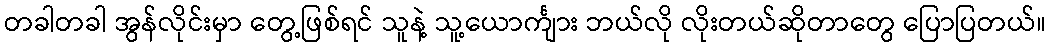
တခါတခါ အွန်လိုင်းမှာ တွေ့ဖြစ်ရင် သူနဲ့ သူ့ယောင်္ကျား ဘယ်လို လိုးတယ်ဆိုတာတွေ ပြောပြတယ်။